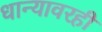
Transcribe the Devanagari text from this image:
धान्यावरही